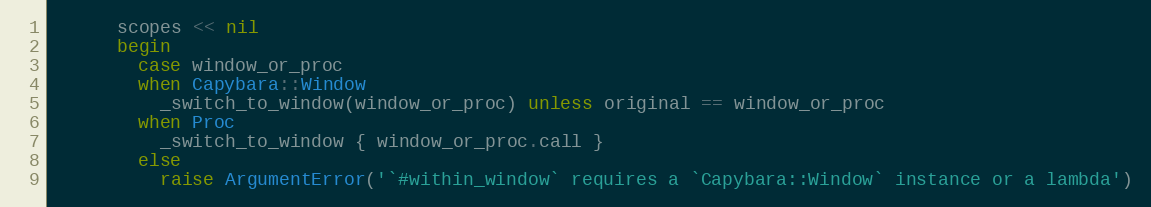
Language: Ruby
      scopes << nil
      begin
        case window_or_proc
        when Capybara::Window
          _switch_to_window(window_or_proc) unless original == window_or_proc
        when Proc
          _switch_to_window { window_or_proc.call }
        else
          raise ArgumentError('`#within_window` requires a `Capybara::Window` instance or a lambda')